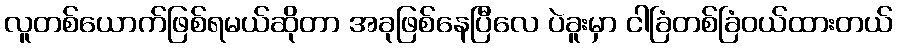
လူတစ်ယောက်ဖြစ်ရမယ်ဆိုတာ အခုဖြစ်နေပြီလေ ပဲခူးမှာ ငါခြံတစ်ခြံဝယ်ထားတယ်